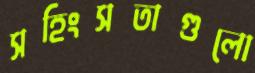
সহিংসতাগুলো